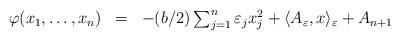
LaTeX: \begin{align*}\begin{array}[pos]{lll}\varphi(x_{1},\ldots,x_{n}) & = & -(b/2)\sum_{j=1}^{n}\varepsilon_{j}x_{j}^{2}+\langle A_{\varepsilon},x\rangle_{\varepsilon}+A_{n+1}\end{array}\end{align*}